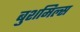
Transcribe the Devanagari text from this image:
बुशमिल्स